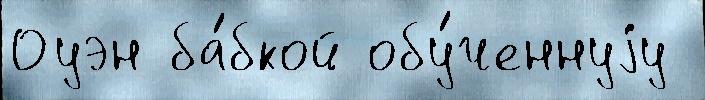
Оуэн ба́бкой обу́ченнуjу